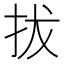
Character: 拔